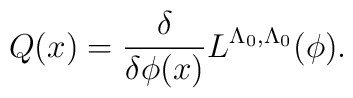
Q(x) = \frac{\delta }{\delta \phi (x)} L^{\Lambda_0, \Lambda_0}(\phi ) .